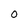
Character: O